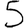
Digit: 5